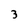
Character: 3